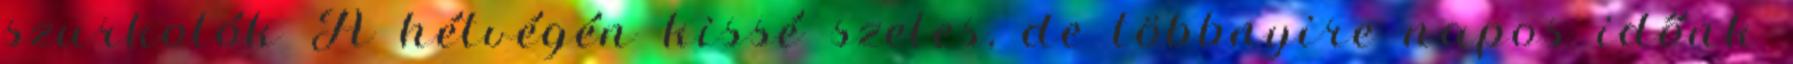
szurkolók A hétvégén kissé szeles, de többnyire napos időnk